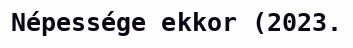
Népessége ekkor (2023.